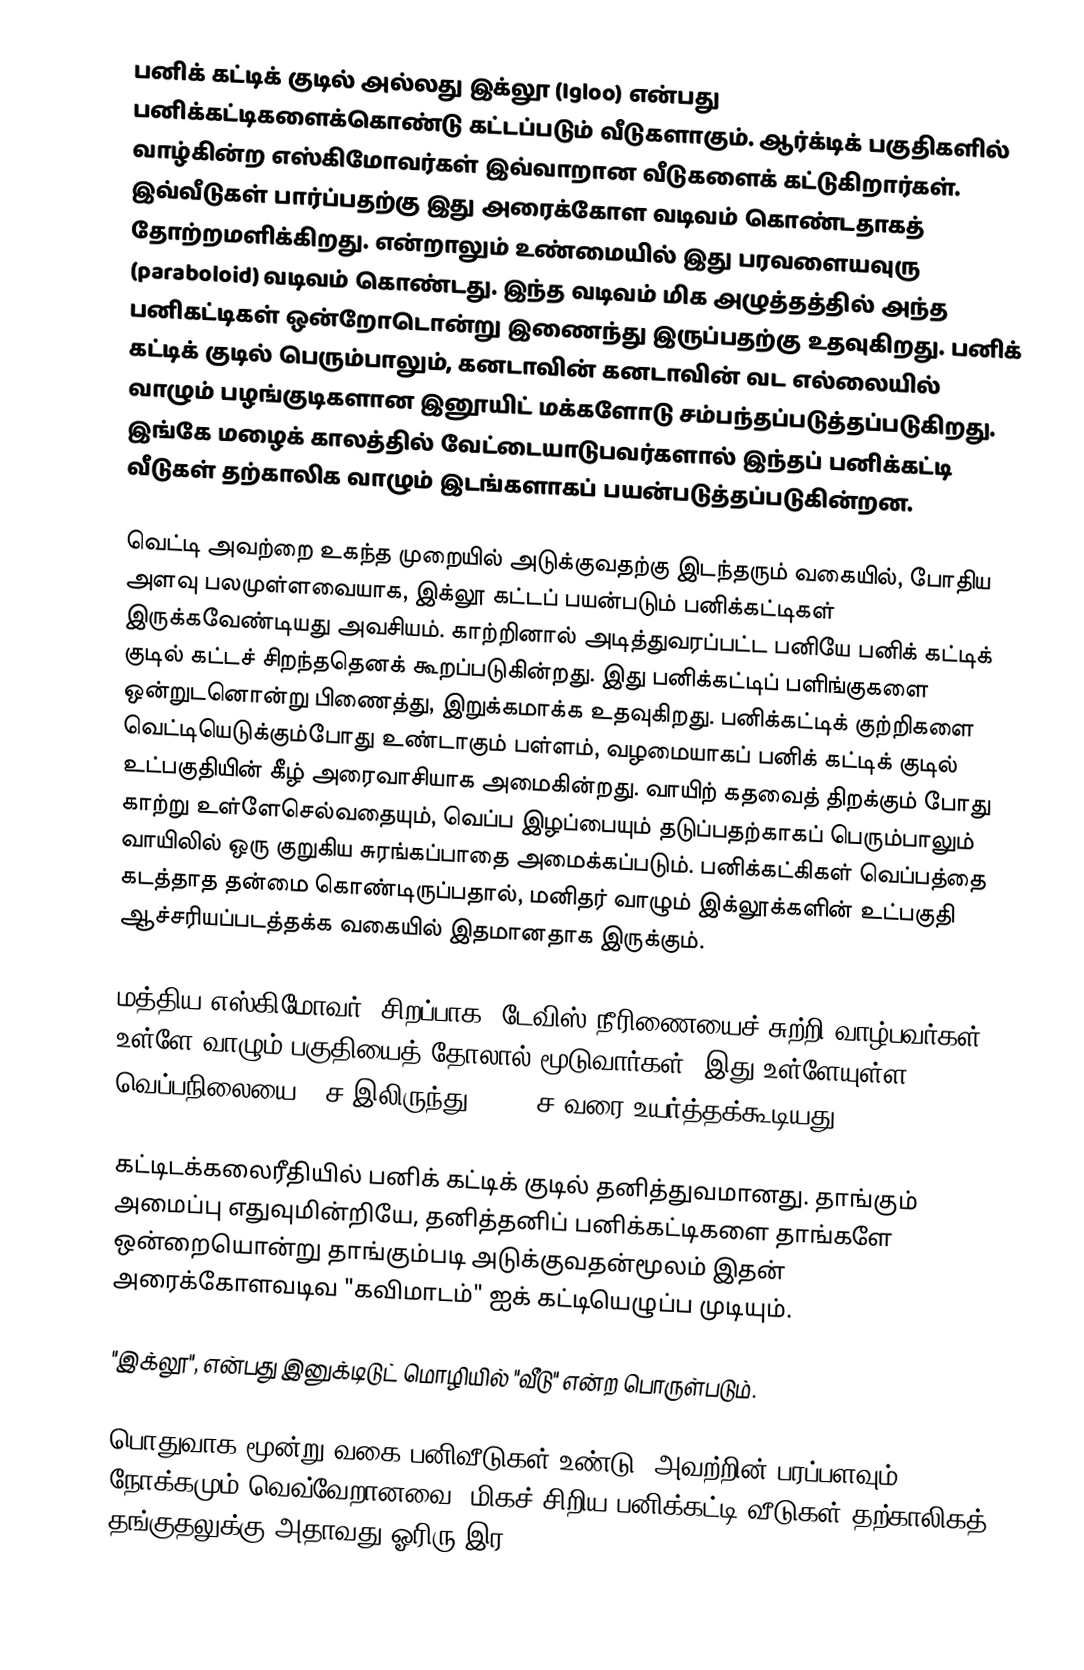
பனிக் கட்டிக் குடில் அல்லது இக்லூ (Igloo) என்பது பனிக்கட்டிகளைக்கொண்டு கட்டப்படும் வீடுகளாகும். ஆர்க்டிக் பகுதிகளில் வாழ்கின்ற எஸ்கிமோவர்கள் இவ்வாறான வீடுகளைக் கட்டுகிறார்கள். இவ்வீடுகள் பார்ப்பதற்கு இது அரைக்கோள வடிவம் கொண்டதாகத் தோற்றமளிக்கிறது. என்றாலும் உண்மையில் இது பரவளையவுரு (paraboloid) வடிவம் கொண்டது.  இந்த வடிவம் மிக அழுத்தத்தில் அந்த பனிகட்டிகள் ஒன்றோடொன்று இணைந்து இருப்பதற்கு உதவுகிறது. பனிக் கட்டிக் குடில் பெரும்பாலும், கனடாவின் கனடாவின் வட எல்லையில் வாழும் பழங்குடிகளான இனூயிட் மக்களோடு சம்பந்தப்படுத்தப்படுகிறது. இங்கே மழைக் காலத்தில் வேட்டையாடுபவர்களால் இந்தப் பனிக்கட்டி வீடுகள் தற்காலிக வாழும் இடங்களாகப் பயன்படுத்தப்படுகின்றன.

வெட்டி அவற்றை உகந்த முறையில் அடுக்குவதற்கு இடந்தரும் வகையில், போதிய அளவு பலமுள்ளவையாக, இக்லூ கட்டப் பயன்படும் பனிக்கட்டிகள் இருக்கவேண்டியது அவசியம். காற்றினால் அடித்துவரப்பட்ட பனியே பனிக் கட்டிக் குடில் கட்டச் சிறந்ததெனக் கூறப்படுகின்றது. இது பனிக்கட்டிப் பளிங்குகளை ஒன்றுடனொன்று பிணைத்து, இறுக்கமாக்க உதவுகிறது. பனிக்கட்டிக் குற்றிகளை வெட்டியெடுக்கும்போது உண்டாகும் பள்ளம், வழமையாகப் பனிக் கட்டிக் குடில் உட்பகுதியின் கீழ் அரைவாசியாக அமைகின்றது. வாயிற் கதவைத் திறக்கும் போது காற்று உள்ளேசெல்வதையும், வெப்ப இழப்பையும் தடுப்பதற்காகப் பெரும்பாலும் வாயிலில் ஒரு குறுகிய சுரங்கப்பாதை அமைக்கப்படும். பனிக்கட்கிகள் வெப்பத்தை கடத்தாத தன்மை கொண்டிருப்பதால்,  மனிதர் வாழும் இக்லூக்களின் உட்பகுதி ஆச்சரியப்படத்தக்க வகையில் இதமானதாக இருக்கும்.

மத்திய எஸ்கிமோவர், சிறப்பாக, டேவிஸ் நீரிணையைச் சுற்றி வாழ்பவர்கள், உள்ளே வாழும் பகுதியைத் தோலால் மூடுவார்கள். இது உள்ளேயுள்ள வெப்பநிலையை 2°ச இலிருந்து 10-20°ச வரை உயர்த்தக்கூடியது.

கட்டிடக்கலைரீதியில் பனிக் கட்டிக் குடில் தனித்துவமானது. தாங்கும் அமைப்பு எதுவுமின்றியே, தனித்தனிப் பனிக்கட்டிகளை தாங்களே ஒன்றையொன்று தாங்கும்படி அடுக்குவதன்மூலம் இதன் அரைக்கோளவடிவ "கவிமாடம்" ஐக் கட்டியெழுப்ப முடியும்.

"இக்லூ", என்பது இனுக்டிடுட் மொழியில் "வீடு" என்ற பொருள்படும்.

பொதுவாக மூன்று வகை பனிவீடுகள் உண்டு. அவற்றின் பரப்பளவும், நோக்கமும் வெவ்வேறானவை. மிகச் சிறிய பனிக்கட்டி வீடுகள் தற்காலிகத் தங்குதலுக்கு அதாவது ஓரிரு இர